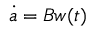
\dot { a } = B w ( t )